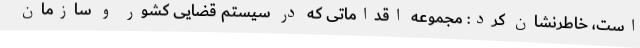
است، خاطرنشان کرد: مجموعه اقداماتی که در سیستم قضایی کشور و سازمان